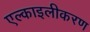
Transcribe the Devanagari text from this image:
एल्काइलीकरण